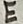
Text: E